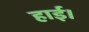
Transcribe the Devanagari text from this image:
हाई।